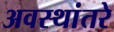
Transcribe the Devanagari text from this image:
अवस्थांतरे